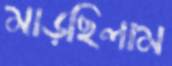
মাড়ছিলাম